Annual report of the Punjab Veterinary College and of the Civil Veterinary Department, Punjab - 1920-1925
Year: 1920
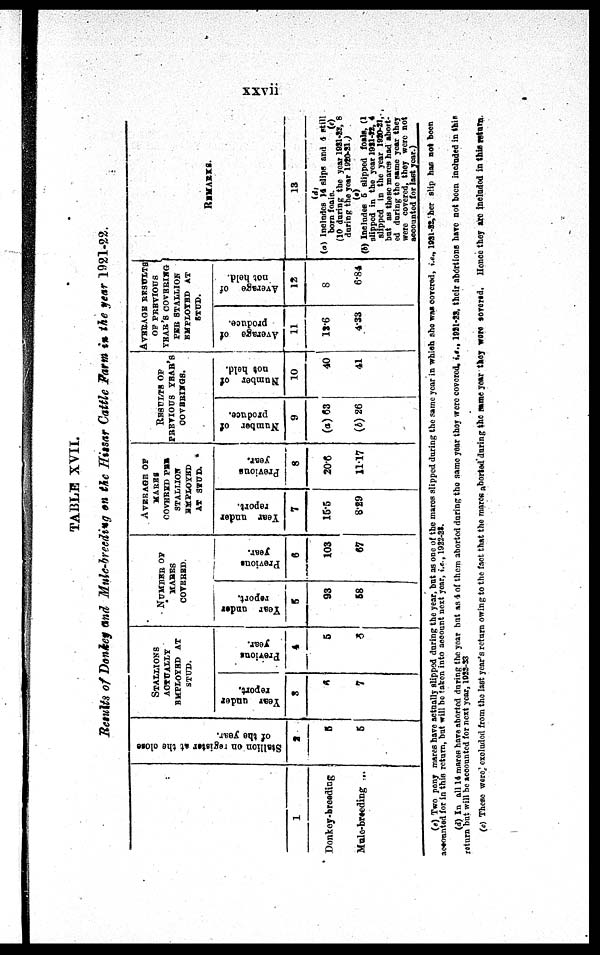
xxvii
TABLE XVII.
Results of Donkey and Mule-breeding on the Hissar Cattle Farm in the year 1921-22.
1
Donkey-breedi ng
Mul e-breedi ng ...
Stallion on register at the close
of the year.
2
5
5
STALLI ONS
ACTUALLY
EMPLOYED AT
STUD.
Year under
report.
3
6
7
Previous
year.
4
5
8
NUMBER OF
MARES
COVERED
Year under
report.
5
93
58
Previous
year.
6
103
67
AVERAGE
OF
MARES
COVERED PER
STALLI ON
EMPLOYED AT STUD.
Year under
report.
7
15.5
8. 29
Previous
year.
8
20. 6
11. 17
RESULTS OF
PREVI OUS YEAR'S
COVERINGS.
Number of
produce.
9
(a) 63
(b) 26
Number of
not held.
10
40
41
AVERAGE RESULTS
OF PREVIOUS
YEAR'S COVERING
PER STALLION
EMPLOYED AT
STUD.
Average of
produce.
11
12.6
4.33
Average of
not hold.
12
8
6. 84
REMARKS.
13
(d)
(e) I ncl udes 14 sl i ps and 4 still
( 10 duri ng t he year 1921-22, 8
duri ng t he year 1920-21. )
(a)
(b) I ncl udes 5 sl i pped foal s, (1
sl i pped i n the year 1921- 22, 4
sl i pped in t he year 1920- 21,
but as t hese mar es had abort -
ed duri ng the same year t hey
wer e covered, t hey wer e not
account ed f or l ast year. )
(a) Two pony mar es have act ual l y sl i pped duri ng t he year, but as one of t he mar es sl i pped duri ng t he s ame year i n whi ch she was cover ed, i.e., 1921-22, her sl i p has not been
account ed f or i n this ret urn, but wi l l he t aken i nt o account next year, i.e., 1922- 23.
(d) In all 14 mar es have abor t ed duri ng t he year but as 4 of t hem abort ed duri ng the same year t hey wer e cover ed, i.e., 1921- 22, t hei r abort i ons have not been i ncl uded i n th
ret urn but wi l l be account ed f or next year, 1922- 23
(c) These wer e, excluded f r om the l ast year' s return owi ng t o t he fact t hat t he mar es abort ed duri ng the same year they were cover ed. Horse they are i ncl uded i n this return.